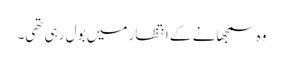
وہ سمجھانے کے انتظار میں بول رہی تھی۔